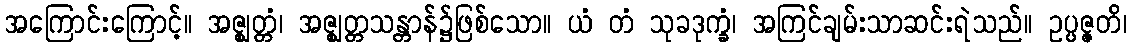
အကြောင်းကြောင့်။ အဇ္ဈတ္တံ၊ အဇ္ဈတ္တသန္တာန်၌ဖြစ်သော။ ယံ တံ သုခဒုက္ခံ၊ အကြင်ချမ်းသာဆင်းရဲသည်။ ဥပ္ပဇ္ဇတိ၊